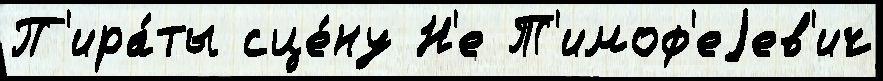
П'ира́ты сце́ну Н'е Т'имоф'еjев'ич